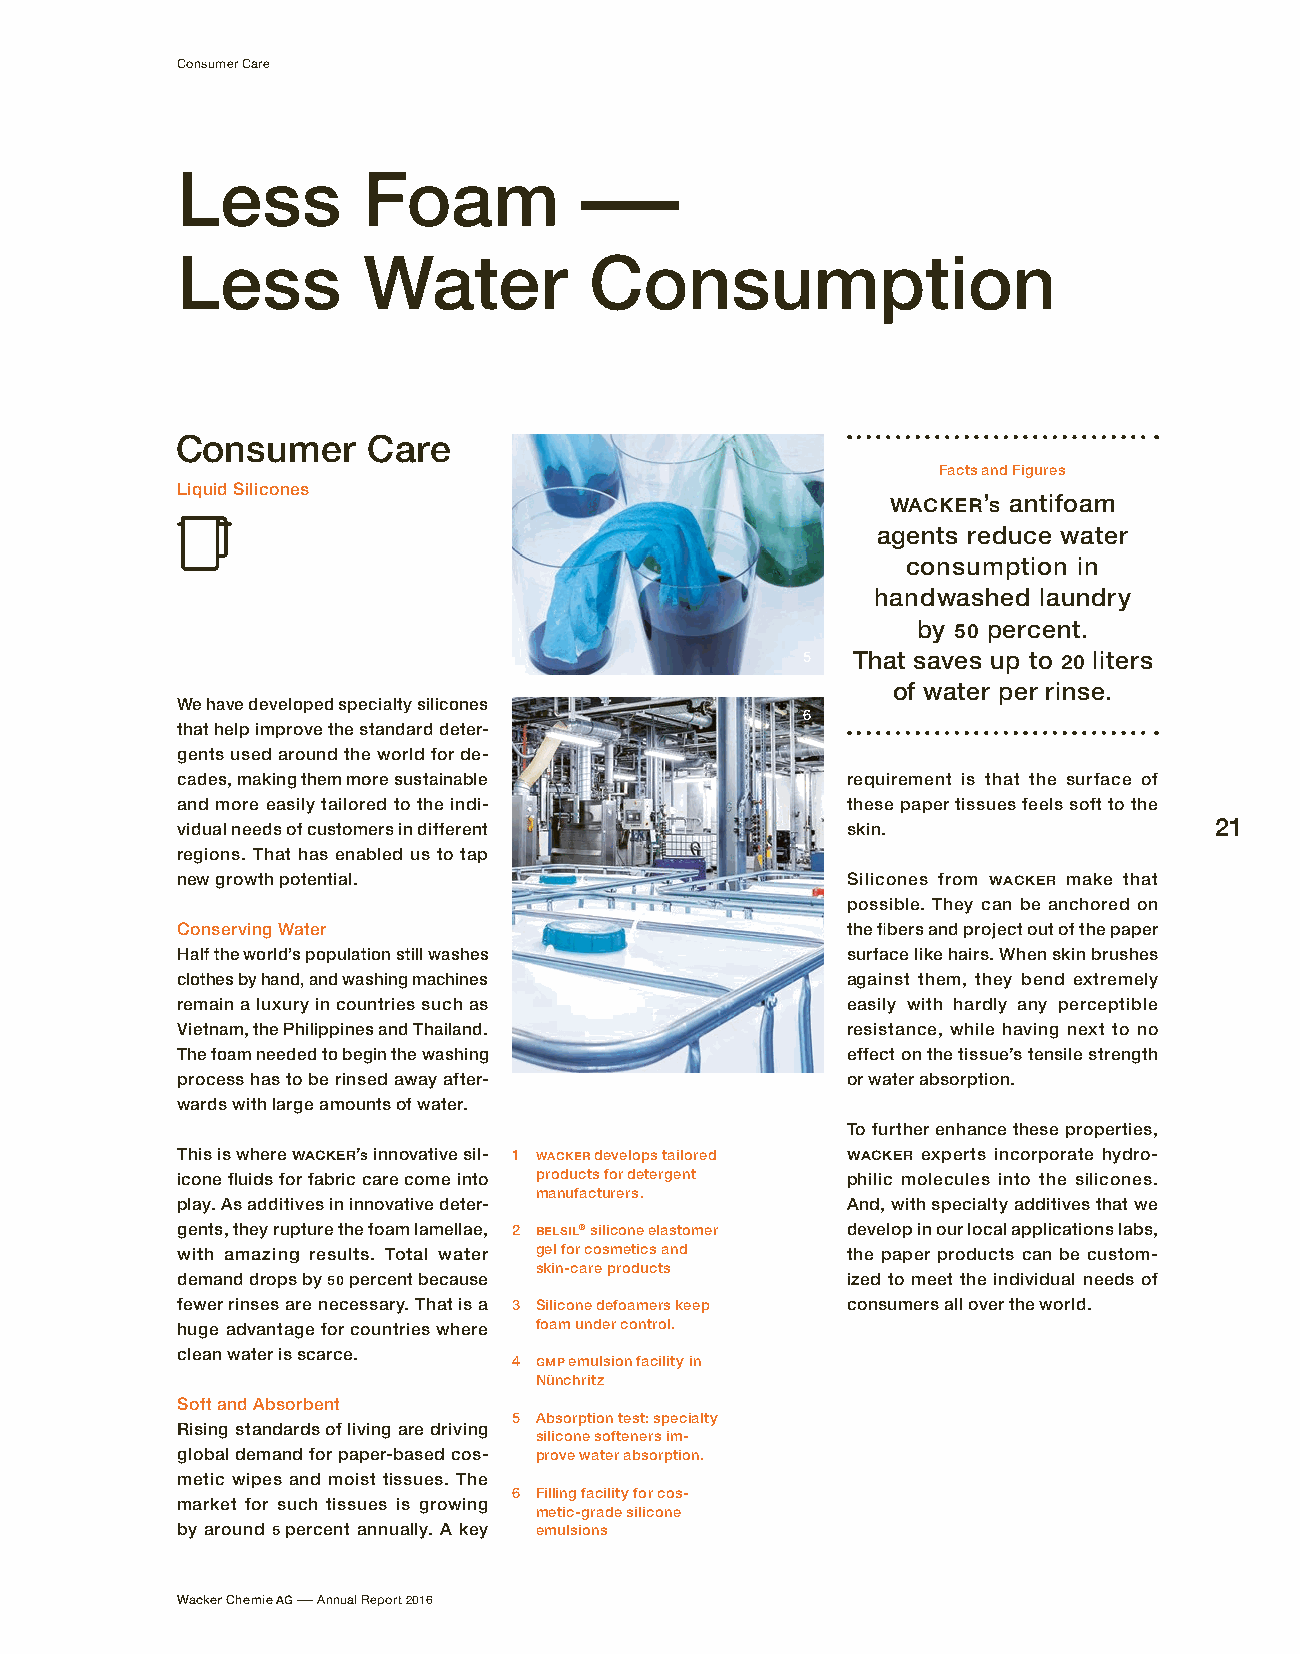
Consumer Care
 Less        Foam          –
 Less        Water          Consumption
 Consumer    Care
 Facts and Figures
 Liquid Silicones
 WACKER’s antifoam
 agents reduce water
 consumption in
 h andwashed laundry
 by 50 percent.
 5  That saves up to 20 liters
 of water per rinse.
 We have developed specialty silicones
 6
 that help improve the standard deter-
 gents used around the world for de-
 cades, making them more sustainable         requirement is that the surface of
 and more easily tailored to the indi-       these paper tissues feels soft to the
 vidual needs of customers in different      skin.                   21
 regions. That has enabled us to tap
 new growth potential.                       Silicones from WACKER make that
 possible. They can be anchored on
 Conserving Water                            the fibers and project out of the paper
 Half the world’s population still washes    surface like hairs. When skin brushes
 clothes by hand, and washing machines       against them, they bend extremely
 remain a luxury in countries such as        easily with hardly any perceptible
 Vietnam, the Philippines and Thailand.      resistance, while having next to no
 The foam needed to begin the washing        effect on the tissue’s tensile strength
 process has to be rinsed away after-        or water absorption.
 wards with large amounts of water.
 To further enhance these properties,
 This is where WACKER’s innovative sil- 1 WACKER develops tailored WACKER experts incorporate hydro-
 icone fluids for fabric care come into products for detergent philic molecules into the silicones.
 m anufacturers.
 play. As additives in innovative deter-     And, with specialty additives that we
 gents, they rupture the foam lamellae, 2 BELSIL® silicone elastomer develop in our local applications labs,
 with amazing results. Total water gel for cosmetics and the paper products can be custom-
 skin-care products
 demand drops by 50 percent because          ized to meet the individual needs of
 fewer rinses are necessary. That is a 3 Silicone defoamers keep consumers all over the world.
 huge advantage for countries where foam under control.
 clean water is scarce.
 4 GMP emulsion facility in
 Nünchritz
 Soft and Absorbent
 5 Absorption test: specialty
 Rising standards of living are driving
 silicone softeners im-
 global demand for paper-based cos- prove water absorption.
 metic wipes and moist tissues. The
 6 Filling facility for cos-
 market for such tissues is growing
 metic-grade silicone
 by around 5 percent annually. A key emulsions
 Wacker Chemie AG – Annual Report 2016